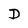
Character: D